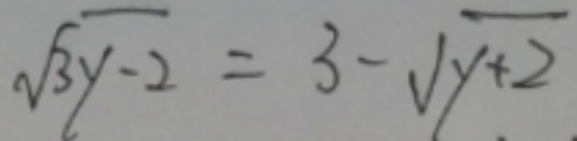
\sqrt { 3 y - 2 } = 3 - \sqrt { y + 2 }